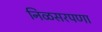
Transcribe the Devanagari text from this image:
निळसरपणा